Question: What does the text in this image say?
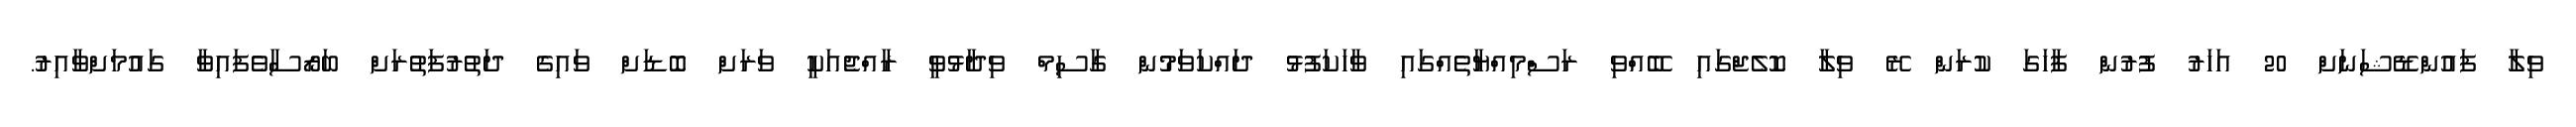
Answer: ވިލާ ފައުންޑޭޝަނަށް 20 އަހަރު ފުރުން ފާހަގަ ކުރަން ރޭ ވިލާ ކޮލެޖްގައި ބޭއްވި ރަސްމިއްޔާތެއްގައި ވާހަކަފުޅު ދައްކަވަމުން ގާސިމް ވިދާޅުވީ ރާއްޖެއަކީ ވަރަށް ބޮޑަށް ވައިގެ ދަތުރުފަތުރަށް ބަރޯސާވެފައިވާ ގައުމަށްވާއިރު.